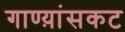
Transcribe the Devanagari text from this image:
गाण्य़ांसकट